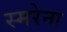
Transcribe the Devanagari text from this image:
स्मरेना